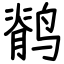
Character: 鹡